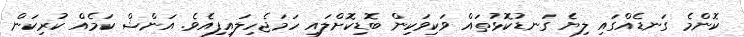
ކޮންމެ ގަނޑެއްގައި ލިޔެ ގަނޑުކޮޅުތައް ވަކިވަކިން ބޮޑިކޮށްލައި ހަމަޖެހިލައިފިއެވެ. އަންޝް ކަމެއް ކުރިކަން